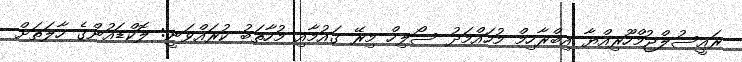
ރައީސުލްޖުމްހޫރިއްޔާ އިބްރާހިމް މުހައްމަދު ސޯލިހް މިރޭ ގައުމާއި މުހާތަބު ކުރައްވަނީ: ލޮކްޑައުންގެ ހާލަތަށް